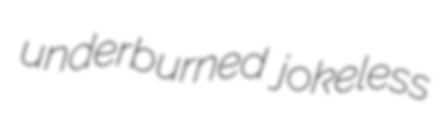
underburned jokeless